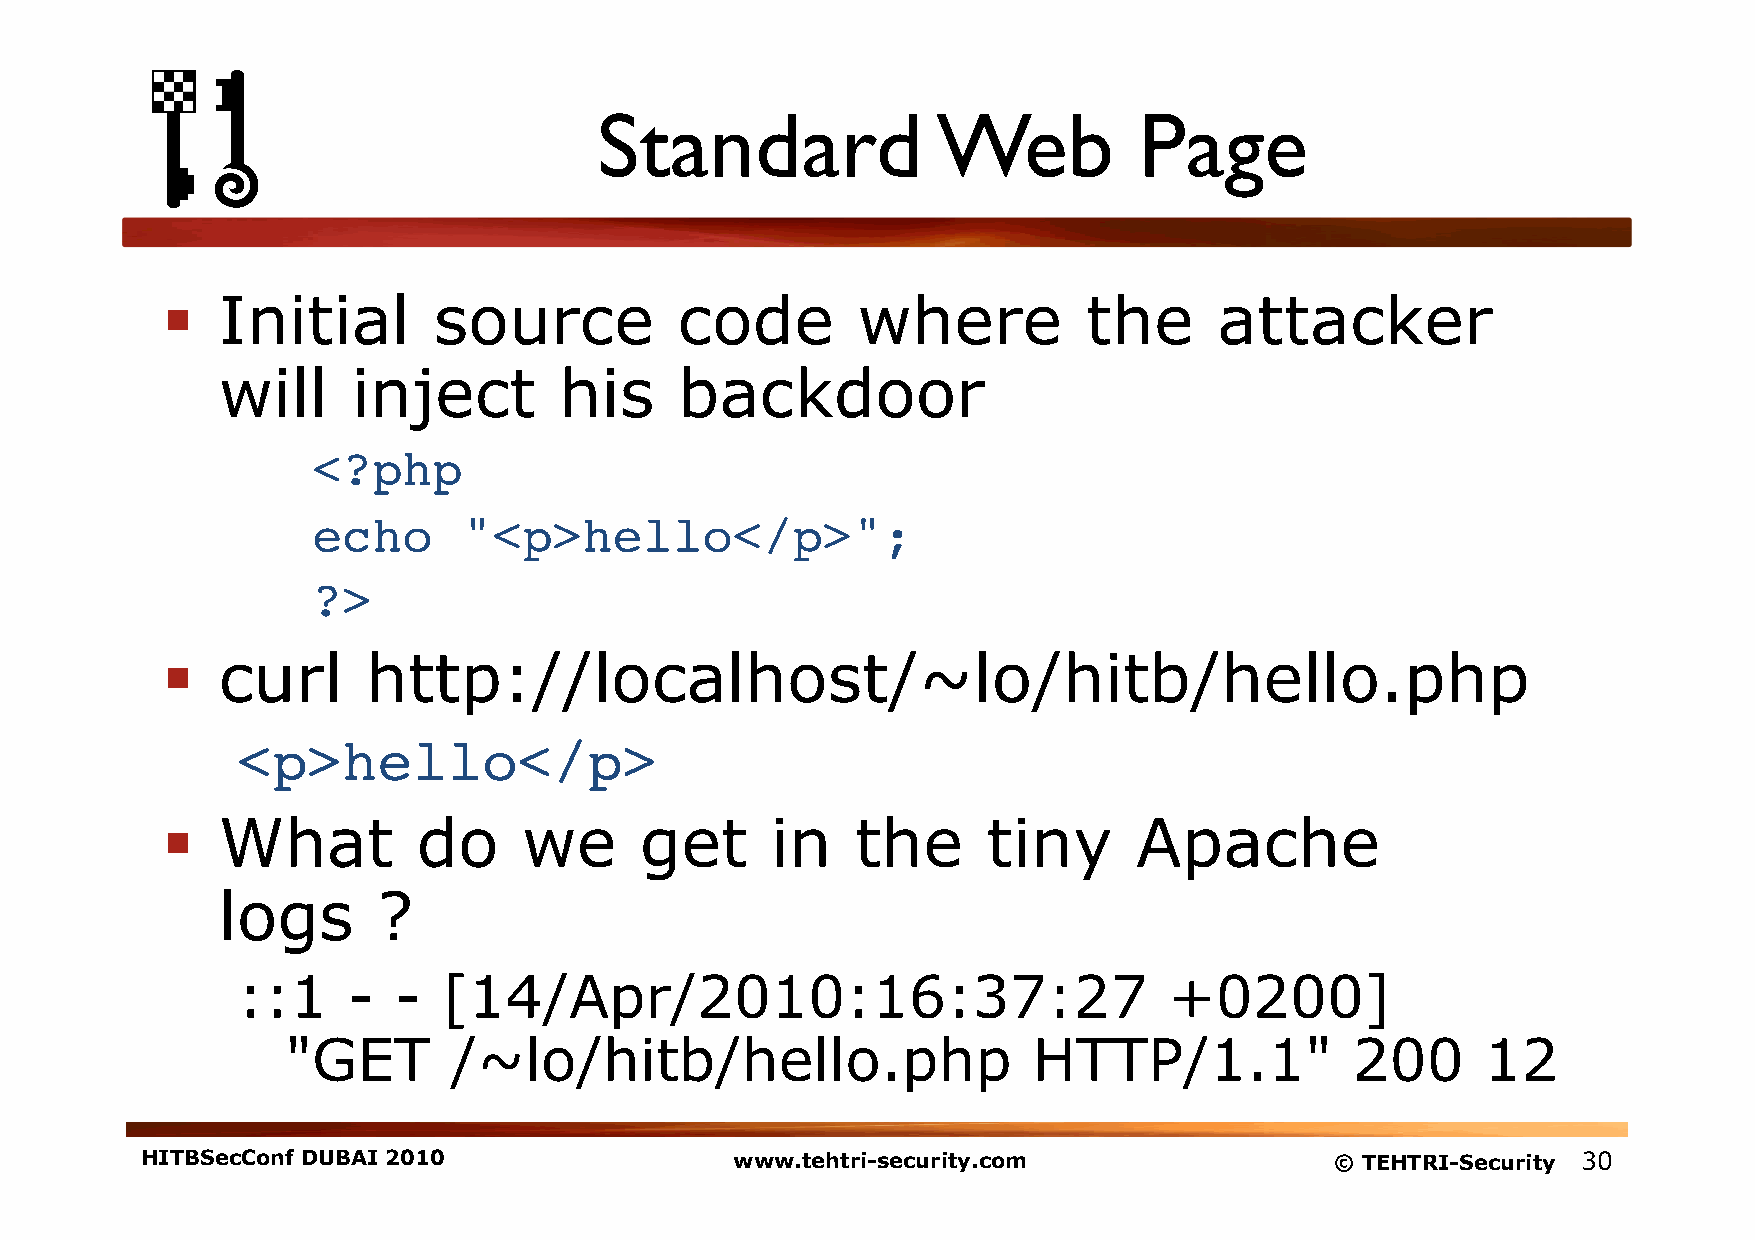
Standard              Web          Page
   Initial        source          code        where          the      attacker
 will     inject        his     backdoor
 <?php!
 echo      "<p>hello</p>";!
 ?>!
   curl      http://localhost/~lo/hitb/hello.php
 <p>hello</p>!
   What          do     we     get      in    the     tiny      Apache
 logs       ?
 ::1    -  -  [14/Apr/2010:16:37:27                           +0200]
 "GET       /~lo/hitb/hello.php                   HTTP/1.1"             200     12
 HITBSecConf DUBAI 2010                  www.tehtri-security.com                © TEHTRI-Security 30